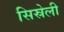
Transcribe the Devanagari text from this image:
सिस्रेली